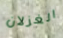
الغزلان